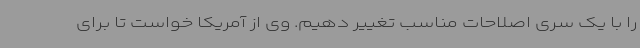
را با یک سری اصلاحات مناسب تغییر دهیم. وی از آمریکا خواست تا برای